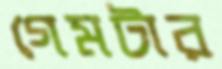
গেমটার